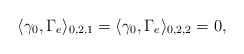
\begin{align*}\langle \gamma_0, \Gamma_e\rangle_{0,2,1}=\langle \gamma_0, \Gamma_e\rangle_{0,2,2}=0,\end{align*}